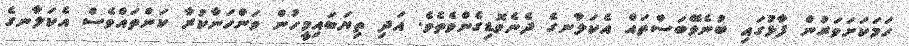
ހަމަކަށަވަރުން ފާޅުގައި ބުނެވޭބަސްތައް އެކަލާނގެ ދެނެވޮޑިގެންވެތެވެ. އަދި ތިޔަބައިމީހުން ވަންހަނާކުރާ ކަންތައްވެސް އެކަލާނގެ